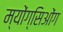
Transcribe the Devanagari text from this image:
म्योंग्सिओंग